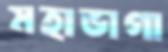
মহাভাগা